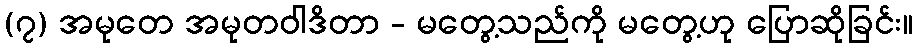
(၇) အမုတေ အမုတဝါဒိတာ - မတွေ့သည်ကို မတွေ့ဟု ပြောဆိုခြင်း။